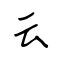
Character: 云